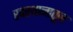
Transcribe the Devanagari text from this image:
स्वस्थानातून